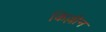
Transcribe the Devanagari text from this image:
किल्लीन